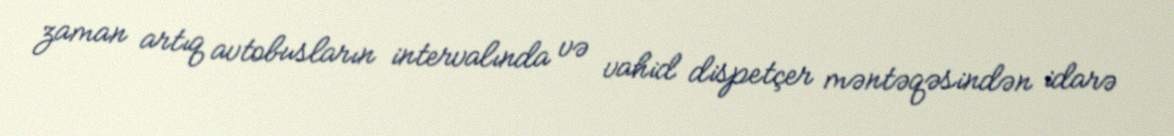
zaman artıq avtobusların intervalında və vahid dispetçer məntəqəsindən idarə